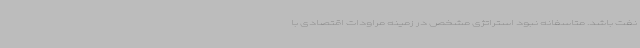
نفت باشد. متاسفانه نبود استراتژی مشخص در زمینه مراودات اقتصادی با